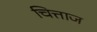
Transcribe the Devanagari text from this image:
चित्ताज